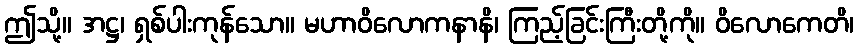
ဤသို့။ အဋ္ဌ၊ ရှစ်ပါးကုန်သော။ မဟာဝိလောကနာနိ၊ ကြည့်ခြင်းကြီးတို့ကို။ ဝိလောကေတိ၊